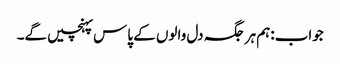
جواب:ہم ہر جگہ دل والوں کے پاس پہنچیں گے۔